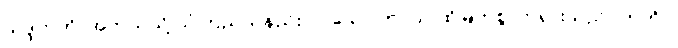
သဒ္ဒဟတိ၊ အဘယ်သို့ ယုံကြည်သနည်း။) “သော ဘဂဝါ၊ ထိုမြတ်စွာဘုရားသည်။ ဣတိပိ